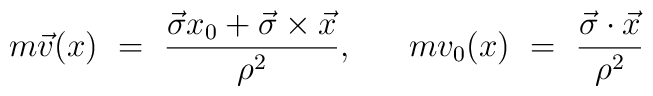
m\vec{v}(x)~=~\frac{\vec{\sigma} x_0 + \vec{\sigma} \times\vec{x}}{\rho^2},~~~~~mv_0 (x)~=~\frac{\vec{\sigma} \cdot \vec{x}}{\rho^2}